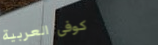
كوفي العربية